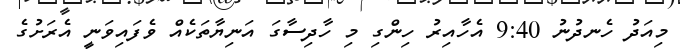
މިއަދު ހެނދުނު 9:40 އެހާއިރު ހިންގި މި ހާދިސާގަ އަނިޔާތަކެއް ވެފައިވަނީ އެރަށުގެ